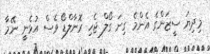
މިދިޔަ ސީޒަންގެ އެންމެ ގިނަ ގޯލް ޖެހި ރޮނާލްޑޯ ވެސް އުޅެނީ ނޭމާ